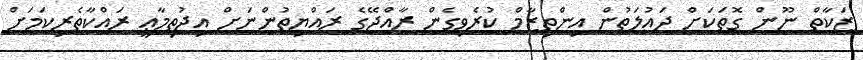
ޒަކާތް ނޫން ގޮތަކަށް ދައުލަތުން އިންތިޒާމް ކުރެވިގެން ރާއްޖޭގެ ރައްޔިތުންނަށް އިޖުތިމާޢީ ރައްކާތެރިކަމަށް